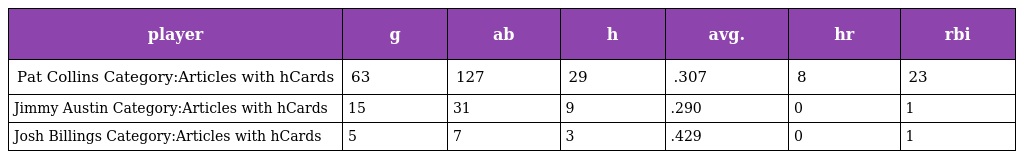
| player | g | ab | h | avg. | hr | rbi |
 | --- | --- | --- | --- | --- | --- | --- |
 | Pat Collins Category:Articles with hCards | 63 | 127 | 29 | .307 | 8 | 23 |
 | Jimmy Austin Category:Articles with hCards | 15 | 31 | 9 | .290 | 0 | 1 |
 | Josh Billings Category:Articles with hCards | 5 | 7 | 3 | .429 | 0 | 1 |